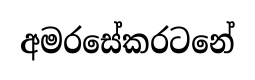
අමරසේකරටනේ